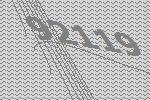
92119